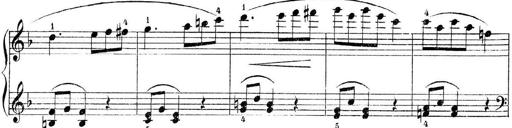
Title: 3 Piano Sonatinas
Composer: Paul Zilcher
Key: C major; G major; F major